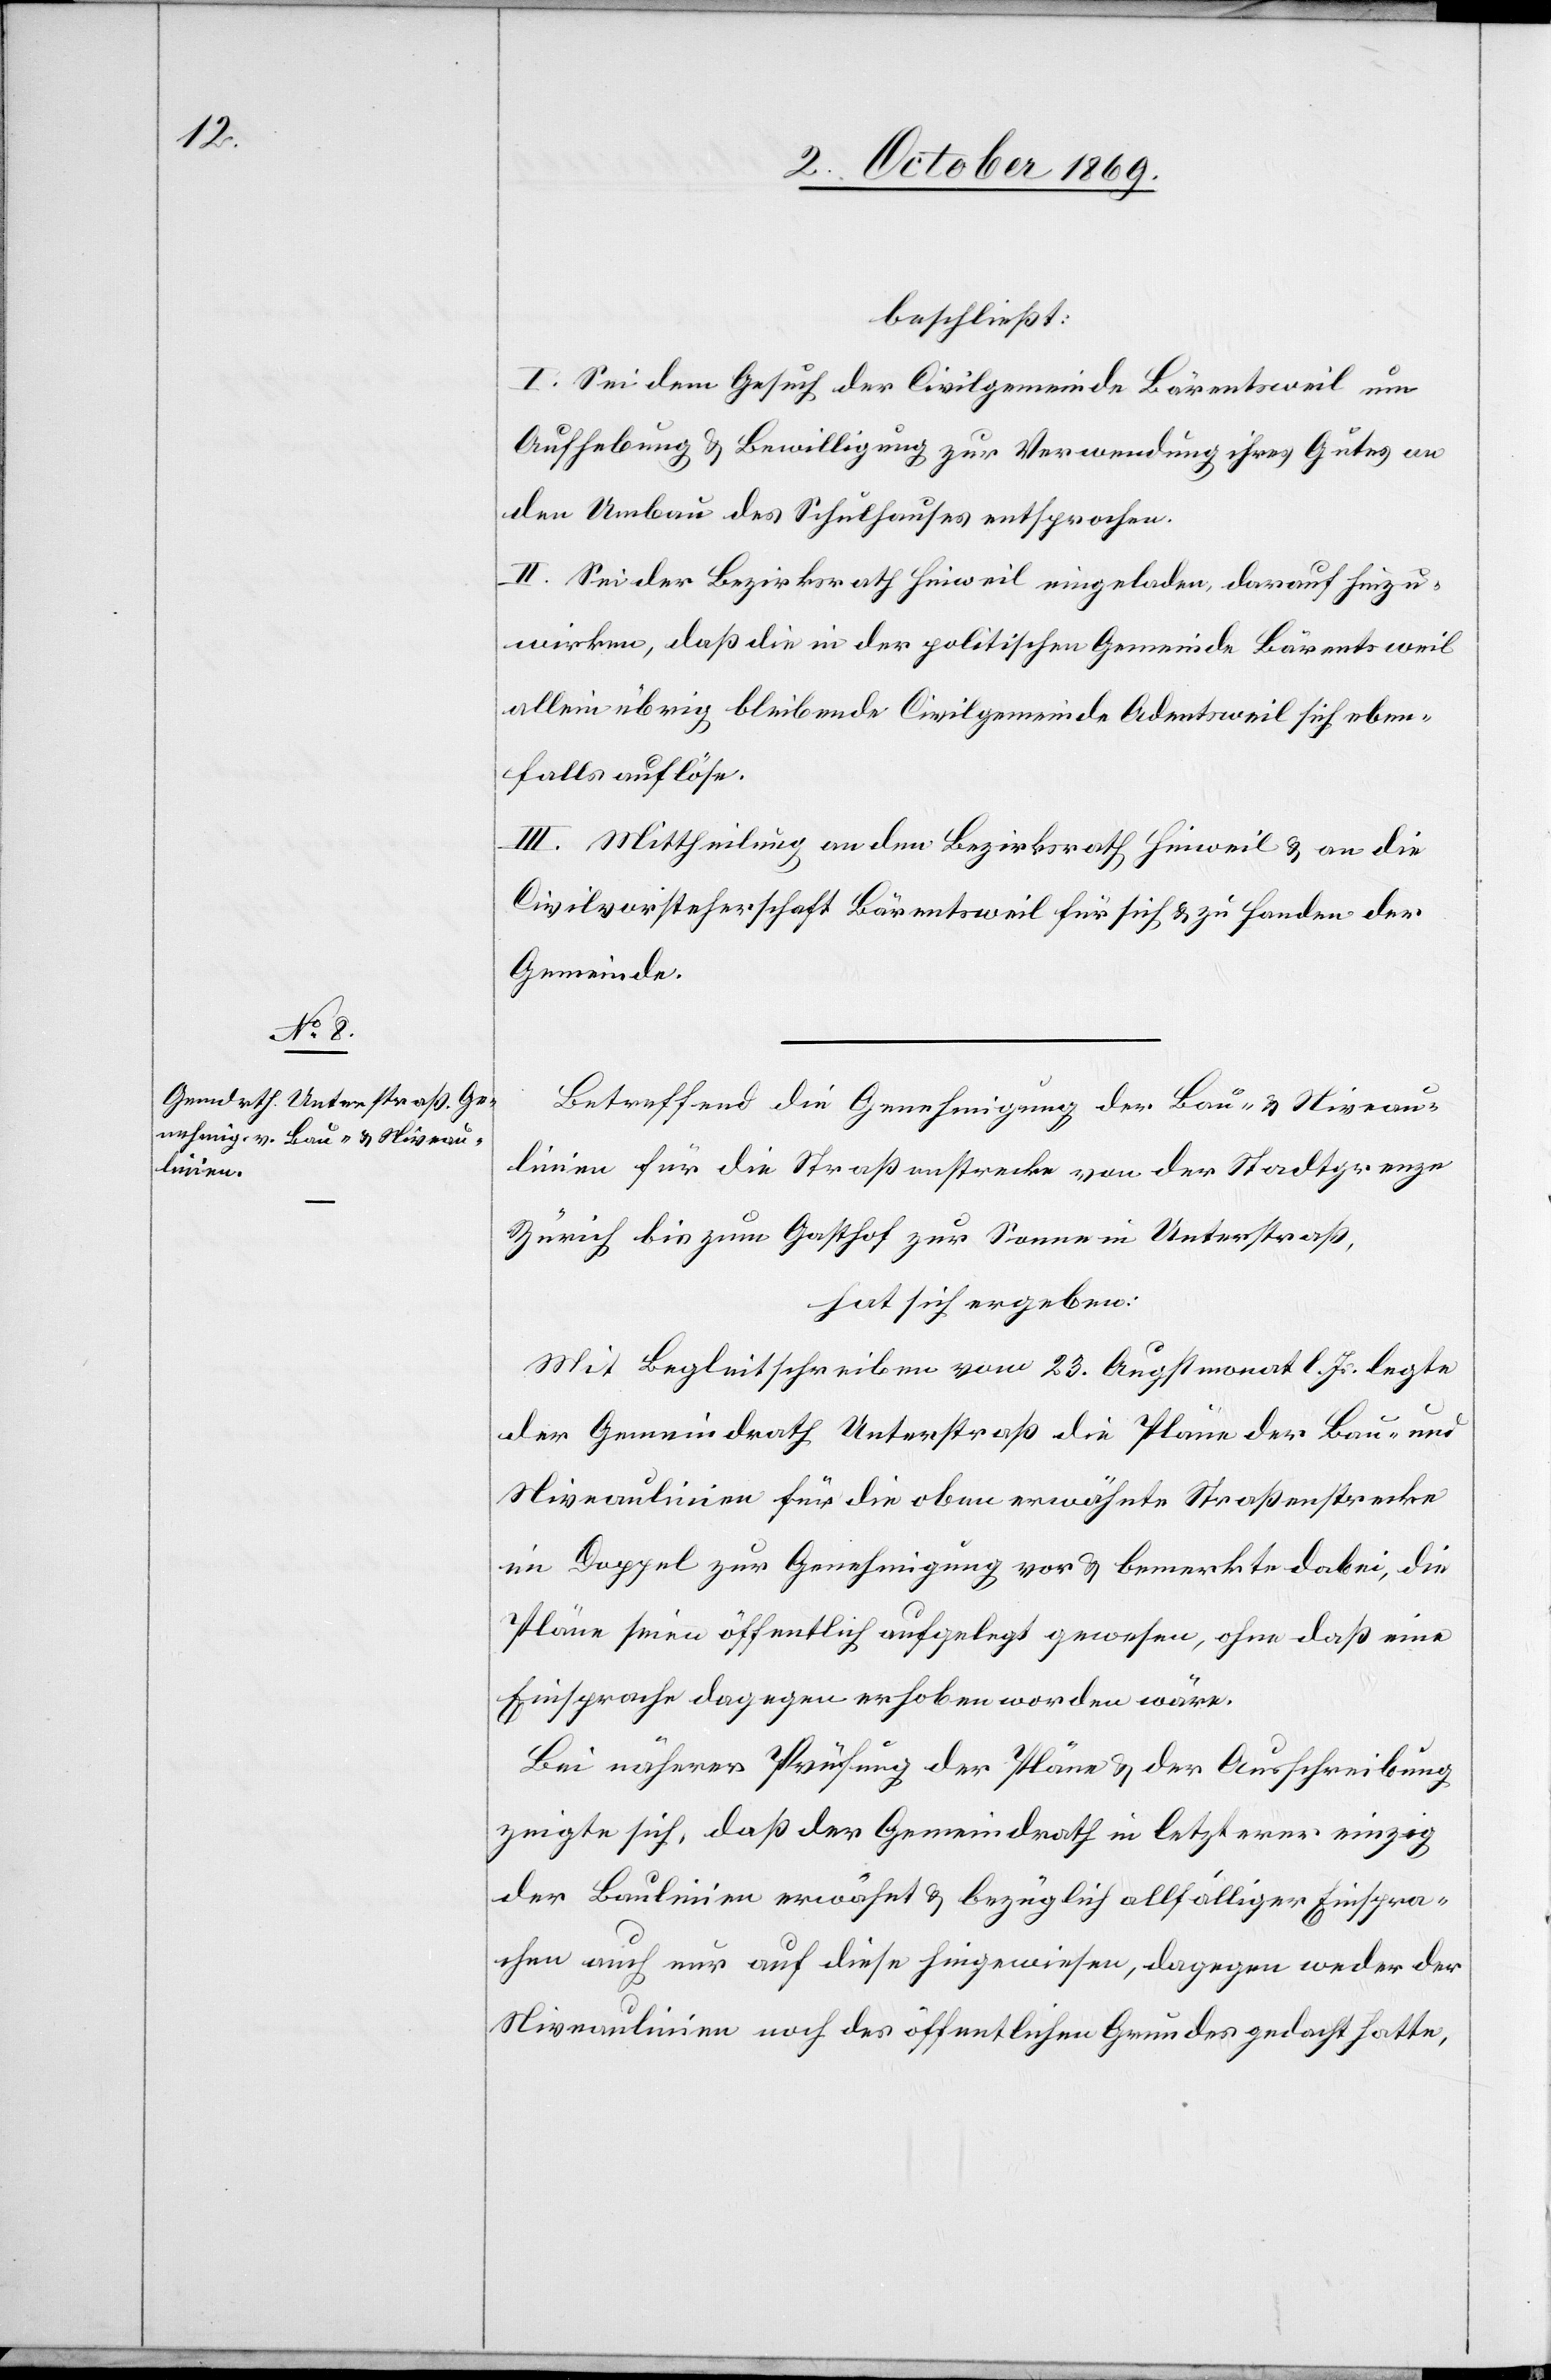
beschließt:
I. Sei dem Gesuch der Civilgemeinde Bärentsweil um
Aufhebung & Bewilligung zur Verwendung ihres Gutes an
den Umbau des Schulhauses entsprochen.
II. Sei der Bezirksrath Hinweil eingeladen, darauf hinzu¬
wirken, daß die in der politischen Gemeinde Bärentsweil
allein übrig bleibende Civilgemeinde Adentsweil sich eben¬
falls auflöse.
III. Mittheilung an den Bezirksrath Hinweil & an die
Civilvorsteherschaft Bärentsweil für sich & zu Handen der
Gemeinde.
Betreffend die Genehmigung der Bau- & Niveau¬
linien für die Straßenstrecke von der Stadtgrenze
Zürich bis zum Gasthof zur Sonne in Unterstraß,
hat sich ergeben:
Mit Begleitschreiben vom 23. Augstmonat l. Js. legte
der Gemeindrath Unterstraß die Pläne der Bau- und
Niveaulinien für die oben erwähnte Straßenstrecke
im Doppel zur Genehmigung vor & bemerkte dabei, die
Pläne seien öffentlich aufgelegt gewesen, ohne daß eine
Einsprache dagegen erhoben worden wäre.
Bei näherer Prüfung der Pläne & der Ausschreibung
zeigte sich, daß der Gemeindrath in letzterer einzig
der Baulinien erwähnt & bezüglich allfälliger Einspra¬
chen auch nur auf diese hingewiesen, dagegen weder der
Niveaulinien noch des öffentlichen Grundes gedacht hatte,